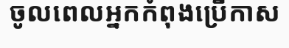
ចូលពេលអ្នកកំពុងប្រើកាស